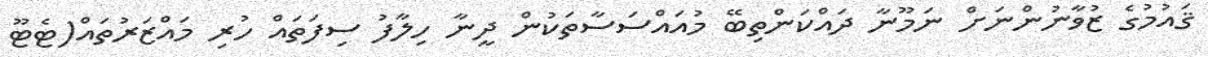
ޤައުމުގެ ޒުވާނުންނަށް ނަމޫނާ ދައްކަންތިބޭ މުއައްސަސާތަކުން ދީނާ ހިލާފު ސިފަތައް ހުރި މައްޒަރުތައް(ޓެޓޫ